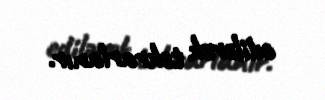
edilərək təkrarlanır.